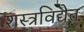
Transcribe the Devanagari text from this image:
शस्त्रविद्येत